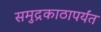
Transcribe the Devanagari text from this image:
समुद्रकाठापर्यंत